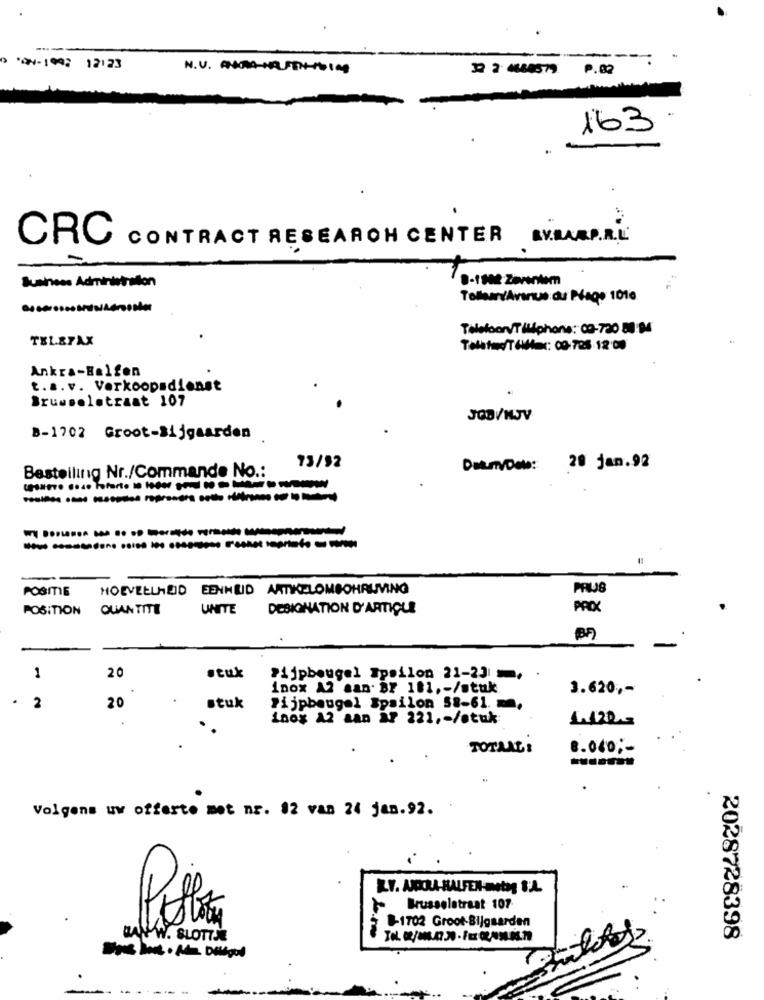
----
---- -
0 07-1997 12:23
32 2: 4664579 9.02
163
CRC
CONTRACT RESEARCH CENTER AV.RARP.R.L
8-1802 Zevenlem
Telleun'Avenue du Péage 1010
Telefoonv/T iliphone: 03-720 80 M
TELEFAX
Telated/T (Max: 00-725 -12 0)
Ankra-Halfen
t.a.v. Verkoopsdienst
Brusselstraat 107
JOB/MJV
B-1702 Groot-Bijgaarden
Bestelling Nr./Commande No .:
73/92
Det.m/Doba: 28 jan.92
-
POSITIE HOEVEELHEID EENHEID ARTIKELOMBOHRIMING
PRIUS
POSITION QUANTITE
UNITE
DESIGNATION D'ARTICLE
PROX
BF)
1
20
Pijpbeugel Ipsilon 21-23
inox A2 aan. BF 181 ,- /stuk
3.620 ,-
.
2
20
stuk
Pijpbeugel Epsilon 58-61.
inox A2 aan ar 221 ,- /stuk
1.420 --
..
TOTAAL:
8.040 ;-
Volgens uw offerte met nr. 12 van 24 jan.92.
Brusselstraat 107
8-1702 Groot Bijgaarden
BAN W. SLOTTJE
2028728398